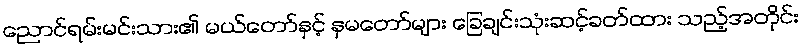
ညောင်ရမ်းမင်းသား၏ မယ်တော်နှင့် နှမတော်များ ခြေချင်းသုံးဆင့်ခတ်ထား သည့်အတိုင်း